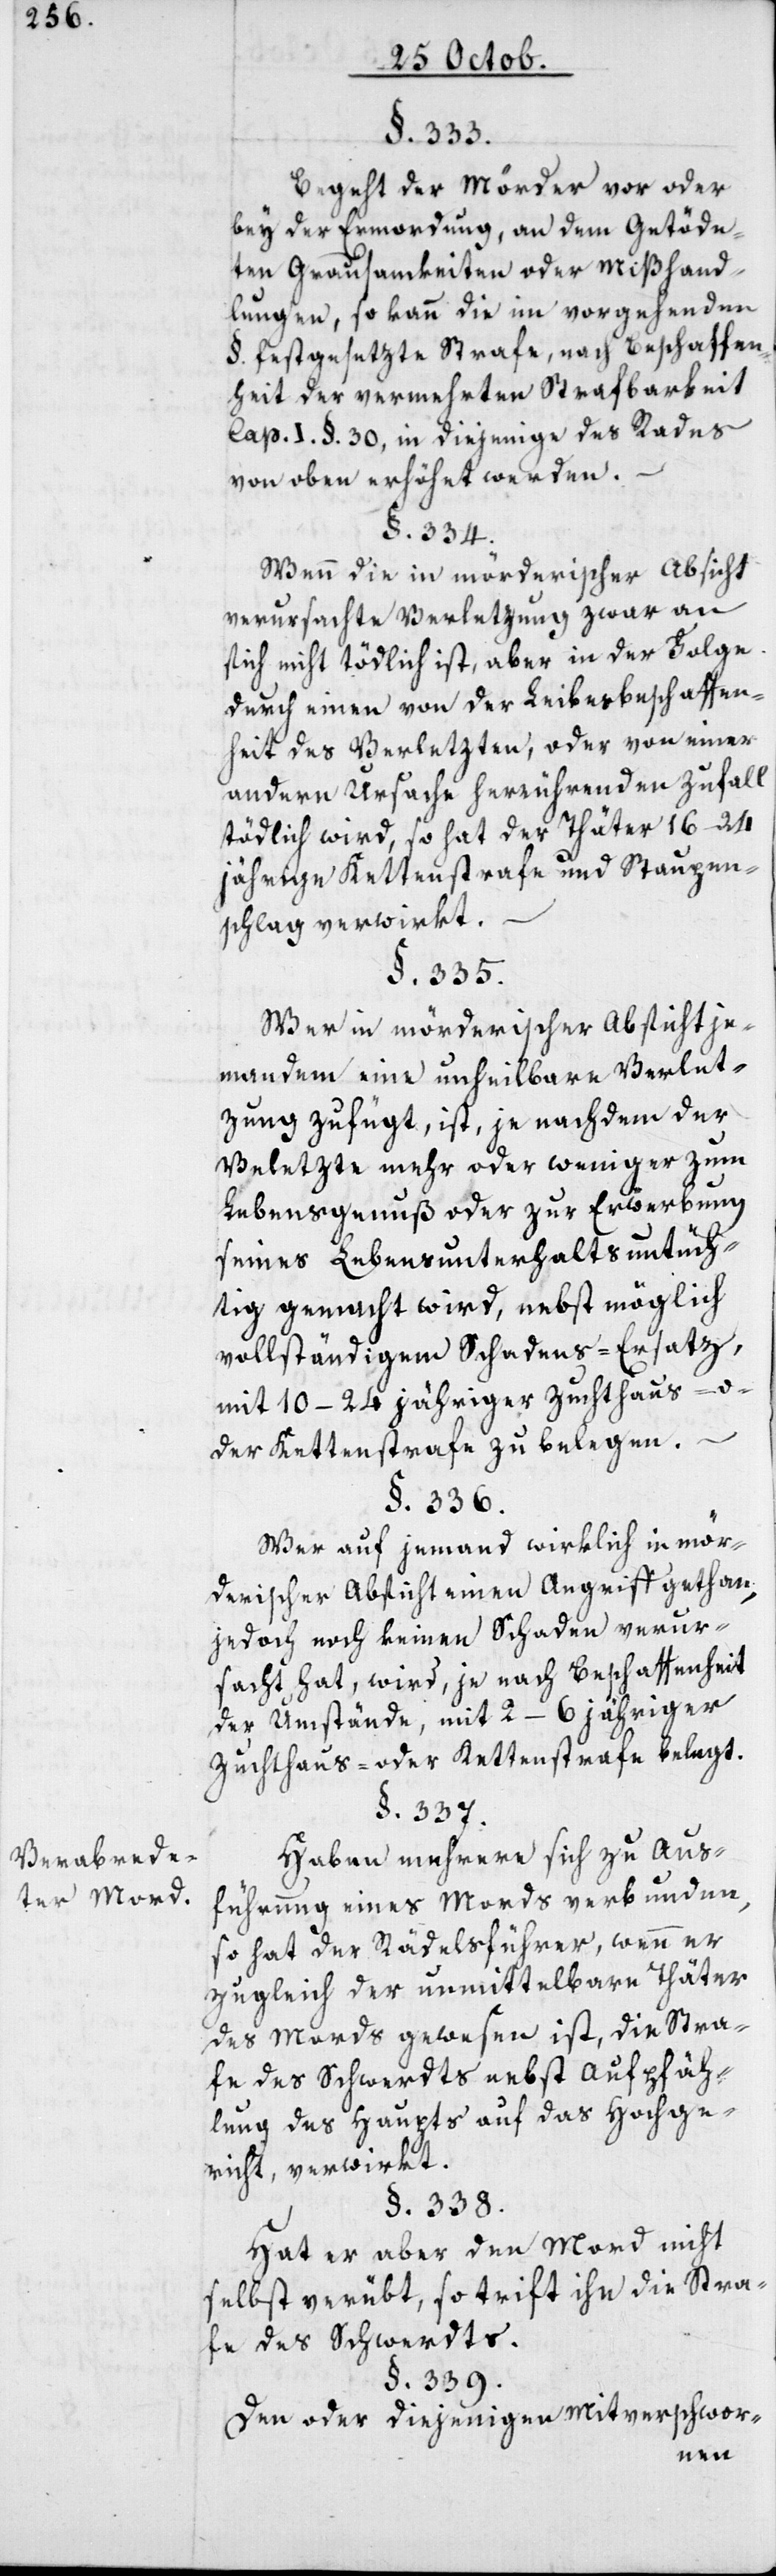
Verabrede¬
ter Mord.

Leibesbeschaffe¬
§. 338.
Begeht der Mörder vor oder
bey der Ermordung an dem Getöde¬
ten Grausamkeiten oder Mißhand¬
lungen, so kann die im vorgehenden
§. festgesezte Strafe, nach Beschaffen¬
heit der vermehrten Strafbarkeit
Cap. I. §. 30, in diejenige des Rades
von oben erhöhet werden.
§. 334.
Wenn die in mörderischer Absicht
verursachte Verletzung zwar an
sich nicht tödlich ist, aber in der Folge
nheit des Verletzten, oder von einer
andern Ursache herrührenden Zufall
tödlich wird, so hat der Thäter 16–24
jährige Kettenstrafe und Staupen¬
schlag verwirkt.
§. 335.
Wer in mörderischer Absicht je¬
mandem eine unheilbare Verlet¬
zung zufügt, ist, je nachdem der
Verletzte mehr oder weniger zum
Lebensgenuß oder zur Erwerbung
seines Lebensunterhalts untüch¬
tig gemacht wird, nebst möglich
vollständigem Schadens-Ersatz,
mit 10–24 jähriger Zuchthaus- o¬
der Kettenstrafe zu belegen.
§. 336.
Wer auf jemand wirklich in mör¬
derischer Absicht einen Angriff gethan,
jedoch noch keinen Schaden verur¬
sacht hat, wird, je nach Beschaffenheit
der Umstände, mit 2–6 jähriger
Zuchthaus- oder Kettenstrafe belegt.
§. 337.
Haben mehrere sich zu Aus¬
führung eines Mords verbunden,
so hat der Rädelsführer, wenn er
zugleich der unmittelbare Thäter
des Mords gewesen ist, die Stra¬
fe des Schwerdts nebst Aufpfäh¬
lung des Haupts auf das Hochge¬
richt, verwirkt.
Hat er aber den Mord nicht
selbst verübt, so trift ihn die Stra¬
fe des Schwerdts.
§. 339.
Den oder diejenigen Mitverschwor-
einen